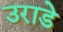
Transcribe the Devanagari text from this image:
उराडे